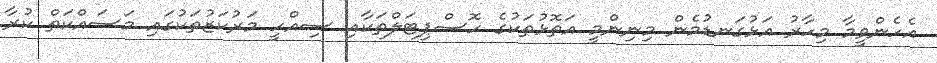
އެހެންވީމާ މިހާރު އަޅުގަނޑުމެން މިނިންމީ އަތޮޅުތަކުގެ ހޮސްޕިޓަލްތަކާއި ސިއްހީ މަރުކަޒުތަކުގައި މަސައްކަތް ކުރާ